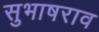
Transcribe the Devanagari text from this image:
सुभाषराव